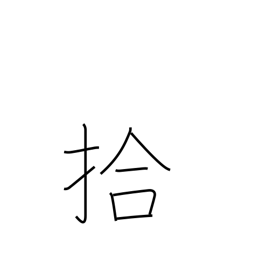
Meaning: ten